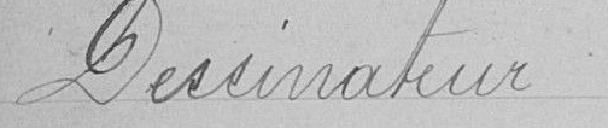
Dessinateur